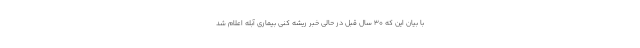
با بیان این که ۳۰ سال قبل در حالی خبر ریشه کنی بیماری آبله اعلام شد